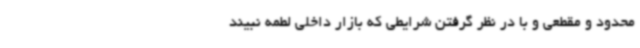
محدود و مقطعی و با در نظر گرفتن شرایطی که بازار داخلی لطمه نبیند